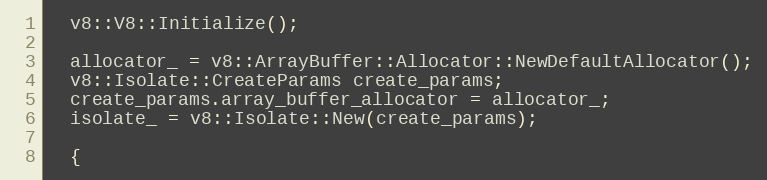
Language: C++
  v8::V8::Initialize();

  allocator_ = v8::ArrayBuffer::Allocator::NewDefaultAllocator();
  v8::Isolate::CreateParams create_params;
  create_params.array_buffer_allocator = allocator_;
  isolate_ = v8::Isolate::New(create_params);

  {